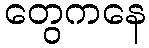
တွေကနေ